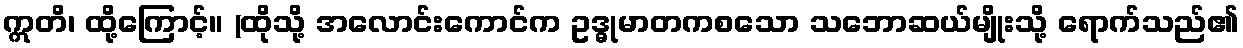
ဣတိ၊ ထို့ကြောင့်။ (ထိုသို့ အလောင်းကောင်က ဥဒ္ဓုမာတကစသော သဘောဆယ်မျိုးသို့ ရောက်သည်၏